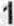
1